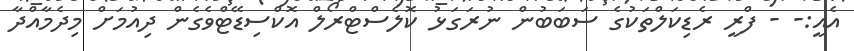
އެއީ:- - ފްރީ ރެޑިކަލްތަކުގެ ސަބަބުން ނުރަގަޅު ކޮލެސްޓްރޯލް އޮކްސިޑޭޓްވެގެން ދިއުމަށް މިދެމާއްދާ